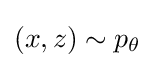
(x,z)\sim p_{\theta }